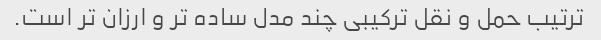
ترتیب حمل و نقل ترکیبی چند مدل ساده تر و ارزان تر است.